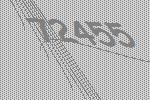
72455